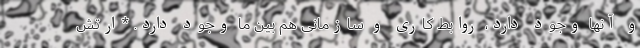
و آنها وجود دارد، روابط کاری و سازمانی هم بین ما وجود دارد. *ارتش